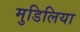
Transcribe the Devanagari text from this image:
मुडिलिया